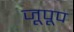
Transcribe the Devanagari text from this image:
जूपूप